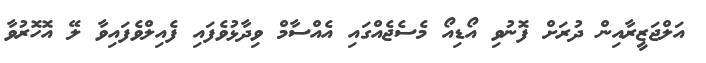
އަލްޖަޒީރާއިން ދުރަށް ފޮނުވި އޯޑިއޯ މެސެޖެއްގައި އެއްސާމް ވިދާޅުވެފައި ފެއިލްވެފައިވާ ލޭ އޮހޮރުވާ